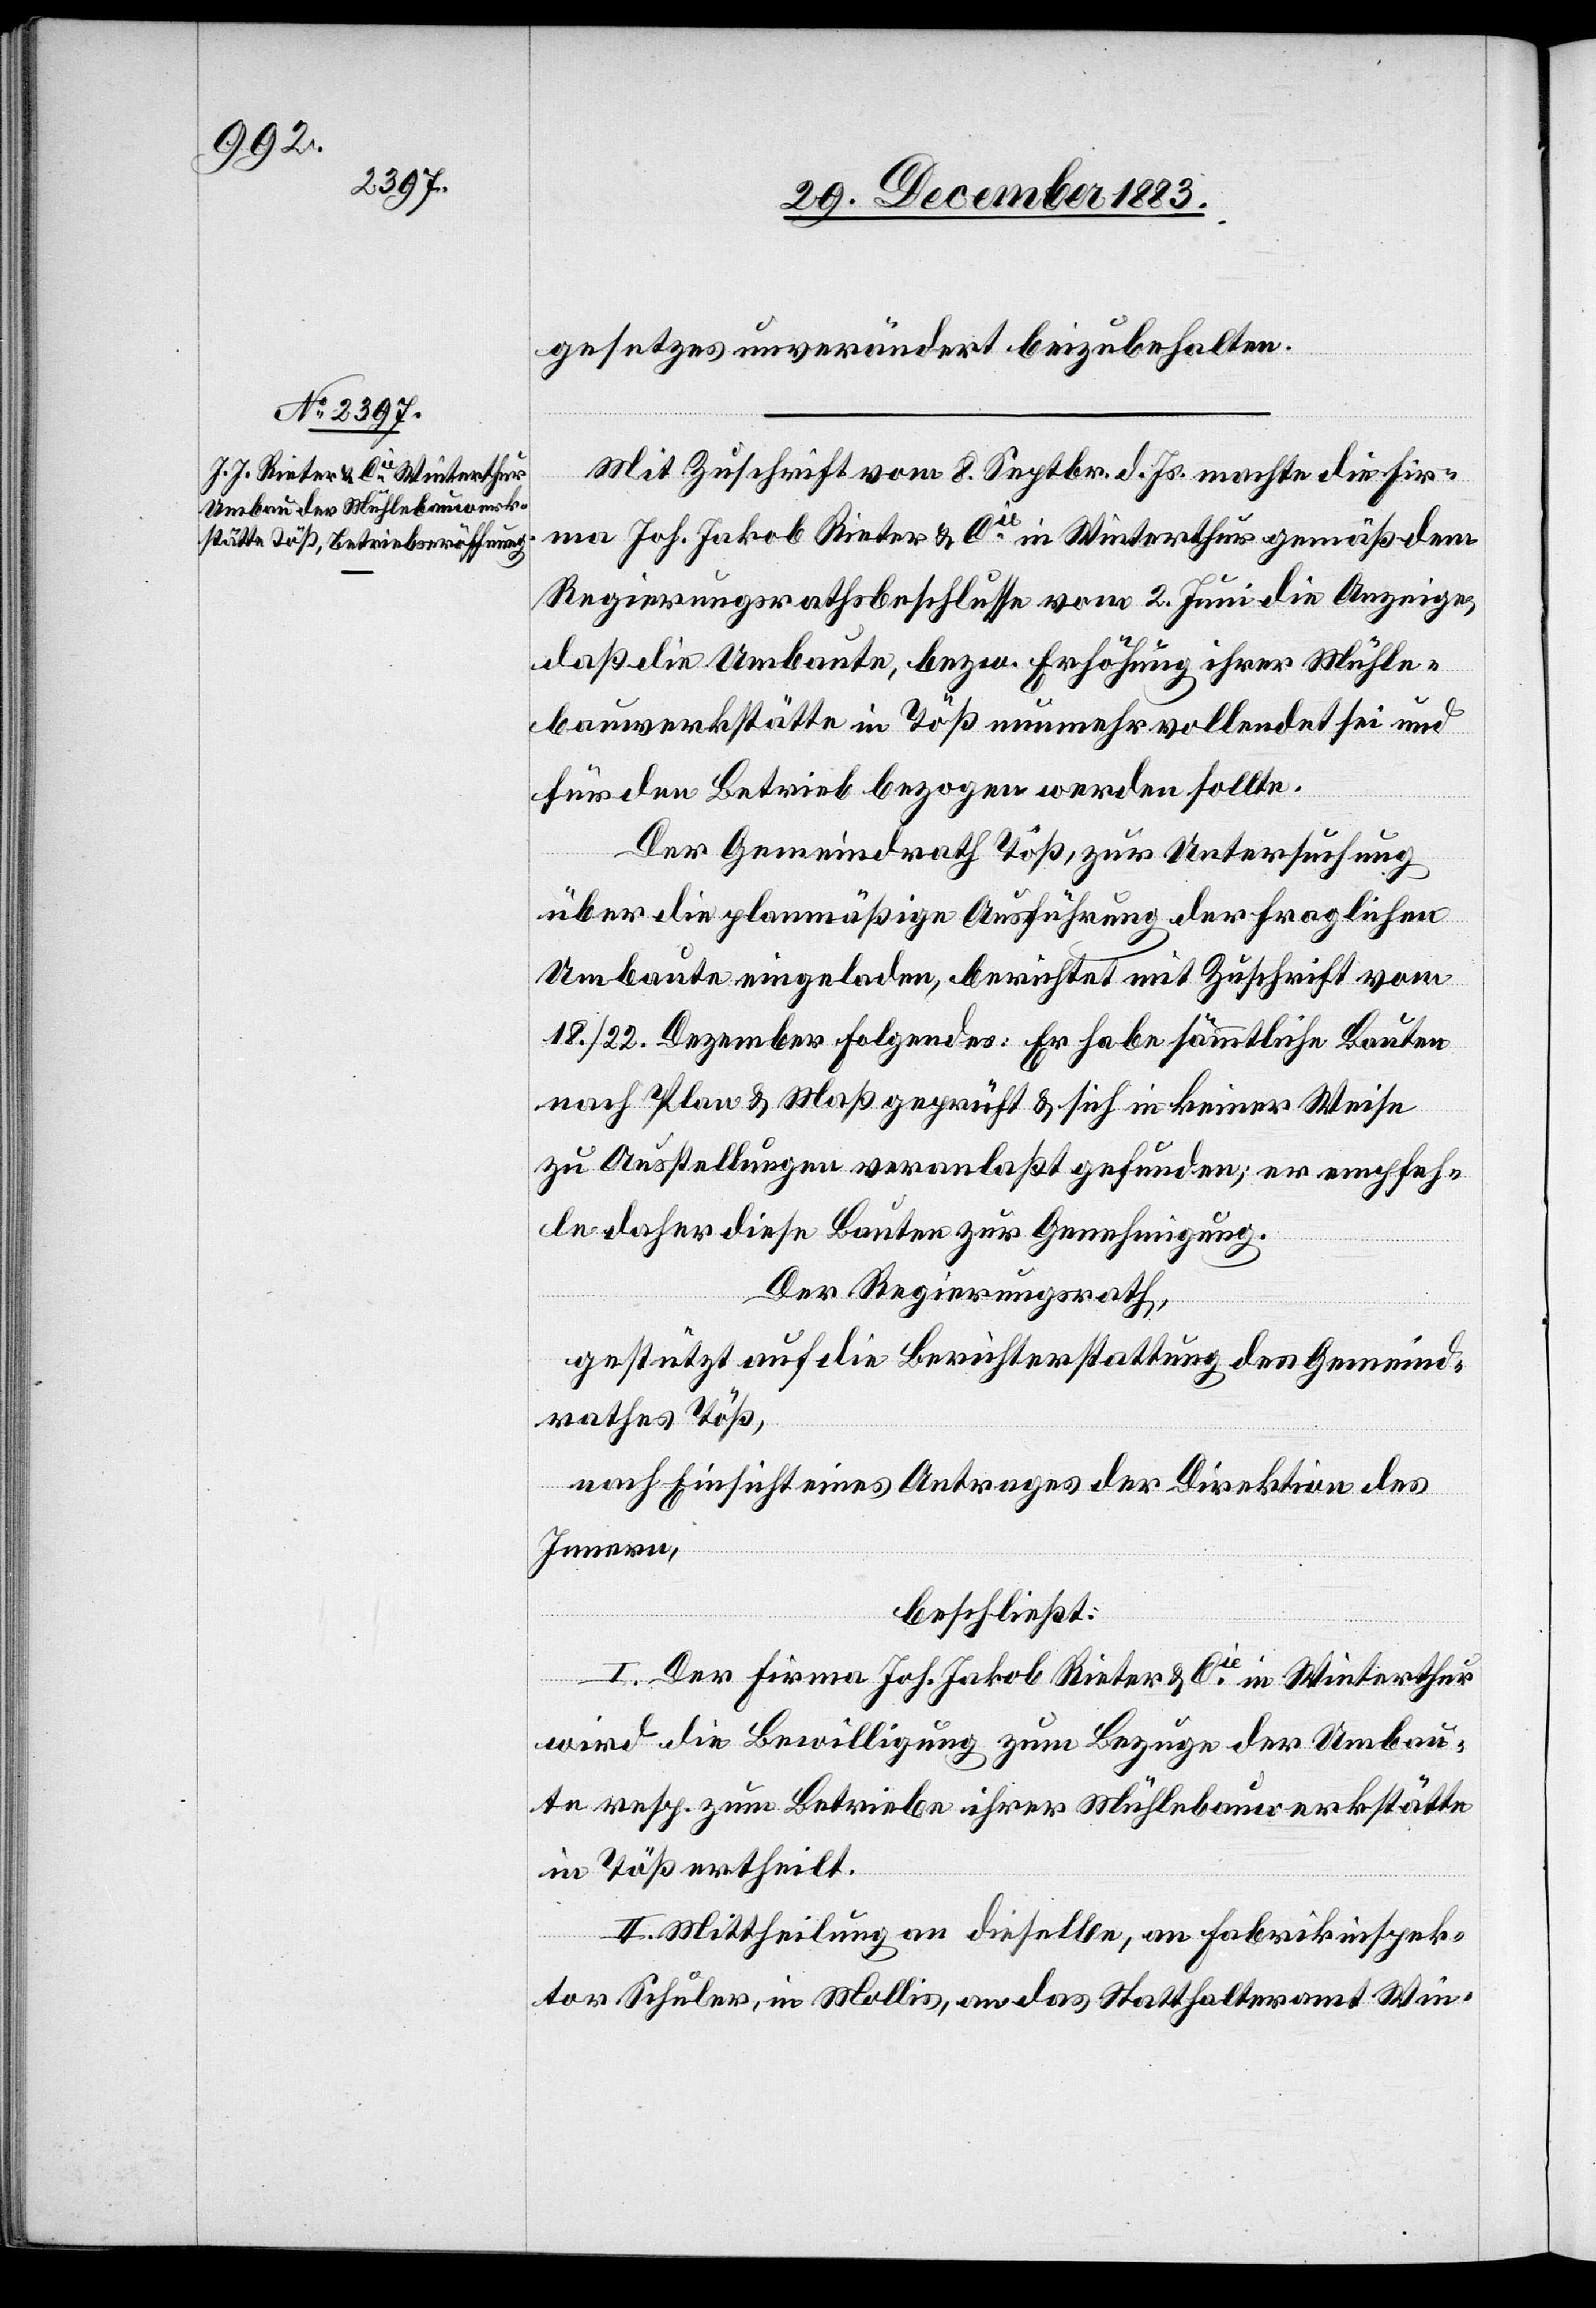
gesetzes unverändert beizubehalten.
Mit Zuschrift vom 8. Septbr. d. Js. machte die Fir¬
ma Joh. Jakob Rieter & Cie in Winterthur gemäß dem
Regierungsbeschlusse vom 2. Juni die Anzeige,
daß die Umbaute, bezw. Erhöhung ihrer Mühle¬
bauwerkstätte in Töß nunmehr vollendet sei und
für den Betreib bezogen werden sollte.
Der Gemeindrath Töß zur Untersuchung
über die planmäßige Ausführung der fraglichen
Umbaute eingeladen, berichtet mit Zuschrift vom
18./22. Dezember Folgendes: Er habe sämmtliche Bauten
nach Plan & Maß geprüft & sich in keiner Weise
zu Ausstellungen veranlaßt gefunden; er empfeh¬
le daher diese Bauten zur Genehmigung.
Der Regierungsrath,
gestützt auf die Berichterstattung des Gemeind¬
rathes Töß,
nach Einsicht eines Antrages der Direktion des
Innern,
beschließt:
I. Der Firma Joh. Jakob Rieter & Cie in Winterthur
wird die Bewilligung zum Bezuge der Umbau¬
te resp. zum Betriebe ihrer Mühlebauwerkstätte
in Töß ertheilt.
II. Mittheilung an dieselbe, an Fabrikinspek¬
tor Schuler, in Mollis, an das Statthalteramt Win-